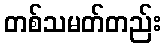
တစ်သမတ်တည်း